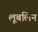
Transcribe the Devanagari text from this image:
लूबलिन